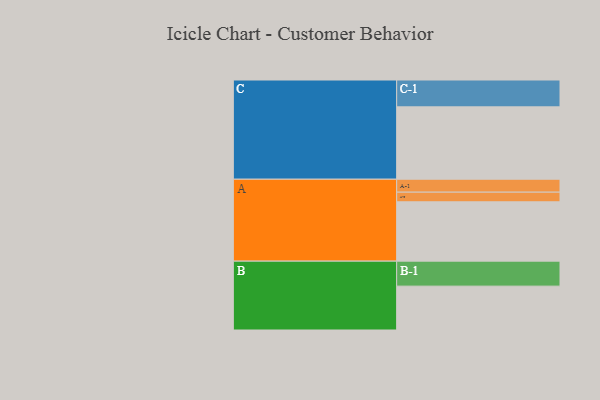
{"axis": {"x": "Segment", "y": "Value"}, "legend": ["", "A", "B", "C"], "data": [{"x": "A", "y": 418, "type": ""}, {"x": "B", "y": 309, "type": ""}, {"x": "C", "y": 510, "type": ""}, {"x": "A-1", "y": 91, "type": "A"}, {"x": "A-2", "y": 68, "type": "A"}, {"x": "B-1", "y": 176, "type": "B"}, {"x": "C-1", "y": 189, "type": "C"}]}